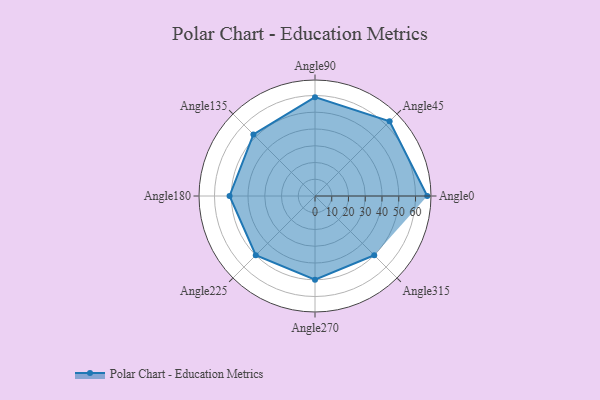
{"axis": {"x": "Angle", "y": "Radius"}, "legend": [""], "data": [{"x": "Angle0", "y": 67.0, "type": ""}, {"x": "Angle45", "y": 63.0, "type": ""}, {"x": "Angle90", "y": 59.0, "type": ""}, {"x": "Angle135", "y": 52.0, "type": ""}, {"x": "Angle180", "y": 51.0, "type": ""}, {"x": "Angle225", "y": 50, "type": ""}, {"x": "Angle270", "y": 50, "type": ""}, {"x": "Angle315", "y": 50, "type": ""}]}